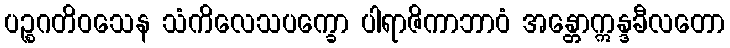
ပဉ္စဂတိဝသေန သံကိလေသပက္ခော ပါရာဇိကာဘာဝံ အန္တောဣန္ဒခီလတော